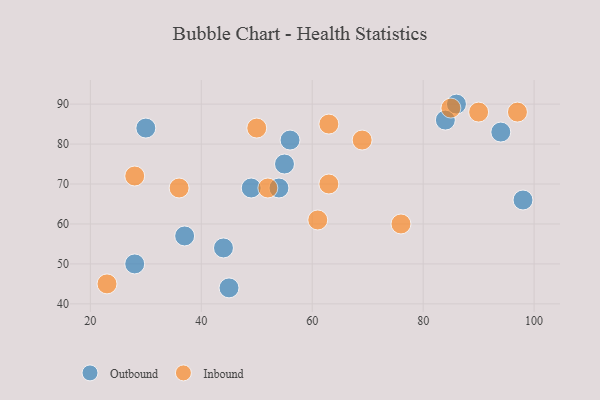
{"axis": {"x": "GDP", "y": "Life Expectancy"}, "legend": ["Inbound", "Outbound"], "data": [{"x": "30", "y": 84, "type": "Outbound"}, {"x": "49", "y": 69, "type": "Outbound"}, {"x": "54", "y": 69, "type": "Outbound"}, {"x": "56", "y": 81, "type": "Outbound"}, {"x": "37", "y": 57, "type": "Outbound"}, {"x": "45", "y": 44, "type": "Outbound"}, {"x": "84", "y": 86, "type": "Outbound"}, {"x": "86", "y": 90, "type": "Outbound"}, {"x": "98", "y": 66, "type": "Outbound"}, {"x": "44", "y": 54, "type": "Outbound"}, {"x": "55", "y": 75, "type": "Outbound"}, {"x": "28", "y": 50, "type": "Outbound"}, {"x": "94", "y": 83, "type": "Outbound"}, {"x": "28", "y": 72, "type": "Inbound"}, {"x": "63", "y": 85, "type": "Inbound"}, {"x": "23", "y": 45, "type": "Inbound"}, {"x": "36", "y": 69, "type": "Inbound"}, {"x": "63", "y": 70, "type": "Inbound"}, {"x": "97", "y": 88, "type": "Inbound"}, {"x": "76", "y": 60, "type": "Inbound"}, {"x": "50", "y": 84, "type": "Inbound"}, {"x": "85", "y": 89, "type": "Inbound"}, {"x": "52", "y": 69, "type": "Inbound"}, {"x": "90", "y": 88, "type": "Inbound"}, {"x": "69", "y": 81, "type": "Inbound"}, {"x": "61", "y": 61, "type": "Inbound"}]}